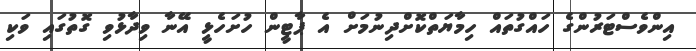
އިންވެސްޓަރުންގެ ހައްގުތައް ހިމާޔަތްކޮށްދިނުމަށް އެ ޕާޓީން ހުށަހެޅީ އޭނާ ވިދާޅުވި ގޮތުގައި ވަކި